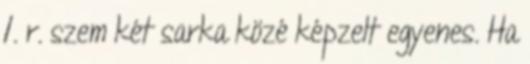
1. r. szem két sarka közé képzelt egyenes. Ha